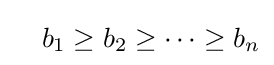
\quad b_{1}\geq b_{2}\geq \cdots \geq b_{n}